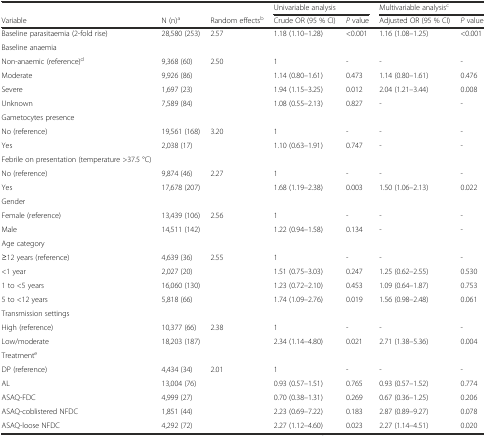
<table><thead><tr><td></td><td></td><td></td><td colspan="2"><b>Univariable analysis</b></td><td colspan="2"><b>Multivariable analysis<sup>c</sup></b></td></tr><tr><td><b>Variable</b></td><td><b>N (n)<sup>a</sup></b></td><td><b>Random effects<sup>b</sup></b></td><td><b>Crude OR (95 % CI)</b></td><td><b><i>P</i> value</b></td><td><b>Adjusted OR (95 % CI)</b></td><td><b><i>P</i> value</b></td></tr></thead><tbody><tr><td>Baseline parasitaemia (2-fold rise)</td><td>28,580 (253)</td><td>2.57</td><td>1.18 (1.10–1.28)</td><td>&lt;0.001</td><td>1.16 (1.08–1.25)</td><td>&lt;0.001</td></tr><tr><td>Baseline anaemia</td><td></td><td></td><td></td><td></td><td></td><td></td></tr><tr><td>Non-anaemic (reference)<sup>d</sup></td><td>9,368 (60)</td><td>2.50</td><td>1</td><td>-</td><td>-</td><td>-</td></tr><tr><td>Moderate</td><td>9,926 (86)</td><td></td><td>1.14 (0.80–1.61)</td><td>0.473</td><td>1.14 (0.80–1.61)</td><td>0.476</td></tr><tr><td>Severe</td><td>1,697 (23)</td><td></td><td>1.94 (1.15–3.25)</td><td>0.012</td><td>2.04 (1.21–3.44)</td><td>0.008</td></tr><tr><td>Unknown</td><td>7,589 (84)</td><td></td><td>1.08 (0.55–2.13)</td><td>0.827</td><td>-</td><td>-</td></tr><tr><td>Gametocytes presence</td><td></td><td></td><td></td><td></td><td></td><td></td></tr><tr><td>No (reference)</td><td>19,561 (168)</td><td>3.20</td><td>1</td><td>-</td><td>-</td><td>-</td></tr><tr><td>Yes</td><td>2,038 (17)</td><td></td><td>1.10 (0.63–1.91)</td><td>0.747</td><td>-</td><td>-</td></tr><tr><td>Febrile on presentation (temperature &gt;37.5 °C)</td><td></td><td></td><td></td><td></td><td></td><td></td></tr><tr><td>No (reference)</td><td>9,874 (46)</td><td>2.27</td><td>1</td><td>-</td><td>-</td><td>-</td></tr><tr><td>Yes</td><td>17,678 (207)</td><td></td><td>1.68 (1.19–2.38)</td><td>0.003</td><td>1.50 (1.06–2.13)</td><td>0.022</td></tr><tr><td>Gender</td><td></td><td></td><td></td><td></td><td></td><td></td></tr><tr><td>Female (reference)</td><td>13,439 (106)</td><td>2.56</td><td>1</td><td>-</td><td>-</td><td>-</td></tr><tr><td>Male</td><td>14,511 (142)</td><td></td><td>1.22 (0.94–1.58)</td><td>0.134</td><td>-</td><td>-</td></tr><tr><td>Age category</td><td></td><td></td><td></td><td></td><td></td><td></td></tr><tr><td>≥12 years (reference)</td><td>4,639 (36)</td><td>2.55</td><td>1</td><td>-</td><td>-</td><td>-</td></tr><tr><td>&lt;1 year</td><td>2,027 (20)</td><td></td><td>1.51 (0.75–3.03)</td><td>0.247</td><td>1.25 (0.62–2.55)</td><td>0.530</td></tr><tr><td>1 to &lt;5 years</td><td>16,060 (130)</td><td></td><td>1.23 (0.72–2.10)</td><td>0.453</td><td>1.09 (0.64–1.87)</td><td>0.753</td></tr><tr><td>5 to &lt;12 years</td><td>5,818 (66)</td><td></td><td>1.74 (1.09–2.76)</td><td>0.019</td><td>1.56 (0.98–2.48)</td><td>0.061</td></tr><tr><td>Transmission settings</td><td></td><td></td><td></td><td></td><td></td><td></td></tr><tr><td>High (reference)</td><td>10,377 (66)</td><td>2.38</td><td>1</td><td>-</td><td>-</td><td>-</td></tr><tr><td>Low/moderate</td><td>18,203 (187)</td><td></td><td>2.34 (1.14–4.80)</td><td>0.021</td><td>2.71 (1.38–5.36)</td><td>0.004</td></tr><tr><td>Treatment<sup>e</sup></td><td></td><td></td><td></td><td></td><td></td><td></td></tr><tr><td>DP (reference)</td><td>4,434 (34)</td><td>2.01</td><td>1</td><td>-</td><td>-</td><td>-</td></tr><tr><td>AL</td><td>13,004 (76)</td><td></td><td>0.93 (0.57–1.51)</td><td>0.765</td><td>0.93 (0.57–1.52)</td><td>0.774</td></tr><tr><td>ASAQ-FDC</td><td>4,999 (27)</td><td></td><td>0.70 (0.38–1.31)</td><td>0.269</td><td>0.67 (0.36–1.25)</td><td>0.206</td></tr><tr><td>ASAQ-coblistered NFDC</td><td>1,851 (44)</td><td></td><td>2.23 (0.69–7.22)</td><td>0.183</td><td>2.87 (0.89–9.27)</td><td>0.078</td></tr><tr><td>ASAQ-loose NFDC</td><td>4,292 (72)</td><td></td><td>2.27 (1.12–4.60)</td><td>0.023</td><td>2.27 (1.14–4.51)</td><td>0.020</td></tr></tbody></table>